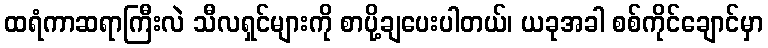
ထရံကာဆရာကြီးလဲ သီလရှင်များကို စာပို့ချပေးပါတယ်၊ ယခုအခါ စစ်ကိုင်ချောင်မှာ